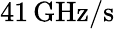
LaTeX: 41\, \mathrm{GHz}\mathrm{/s}